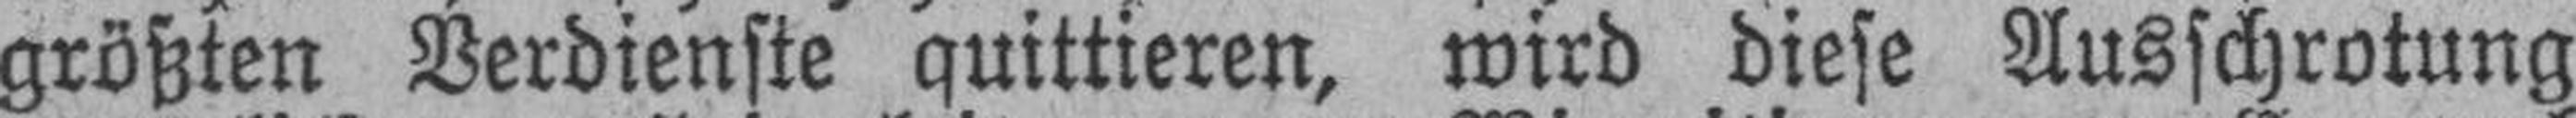
größten Verdienste quittieren, wird diese Ausschrotung